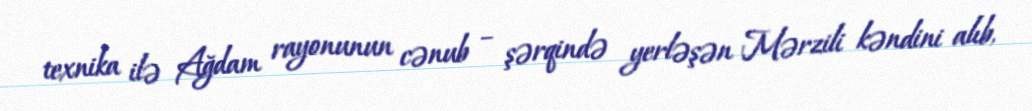
texnika ilə Ağdam rayonunun cənub – şərqində yerləşən Mərzili kəndini alıb,